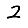
Digit: 2